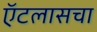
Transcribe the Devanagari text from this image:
ऍटलासचा